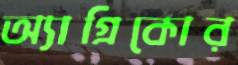
অ্যাগ্রিকোর